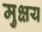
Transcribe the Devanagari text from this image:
मुक्षय